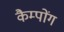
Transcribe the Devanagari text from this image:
कैम्पोंग